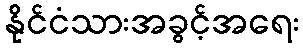
နိုင်ငံသားအခွင့်အရေး